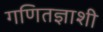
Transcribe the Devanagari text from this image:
गणितज्ञाशी